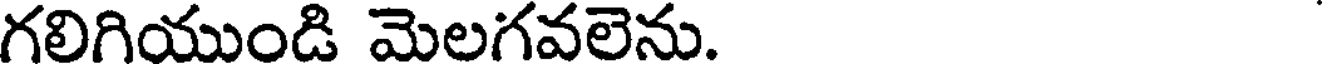
గలిగియుండి మెలగవలెను.